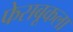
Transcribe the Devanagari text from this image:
फेसबूकला